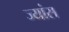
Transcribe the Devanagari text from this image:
ज्यांस